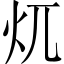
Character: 𱪤